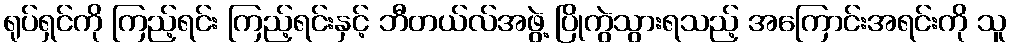
ရုပ်ရှင်ကို ကြည့်ရင်း ကြည့်ရင်းနှင့် ဘီတယ်လ်အဖွဲ့ ပြိုကွဲသွားရသည့် အကြောင်းအရင်းကို သူ